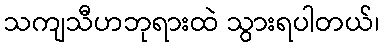
သကျသီဟဘုရားထဲ သွားရပါတယ်၊